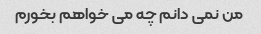
من نمی دانم چه می خواهم بخورم